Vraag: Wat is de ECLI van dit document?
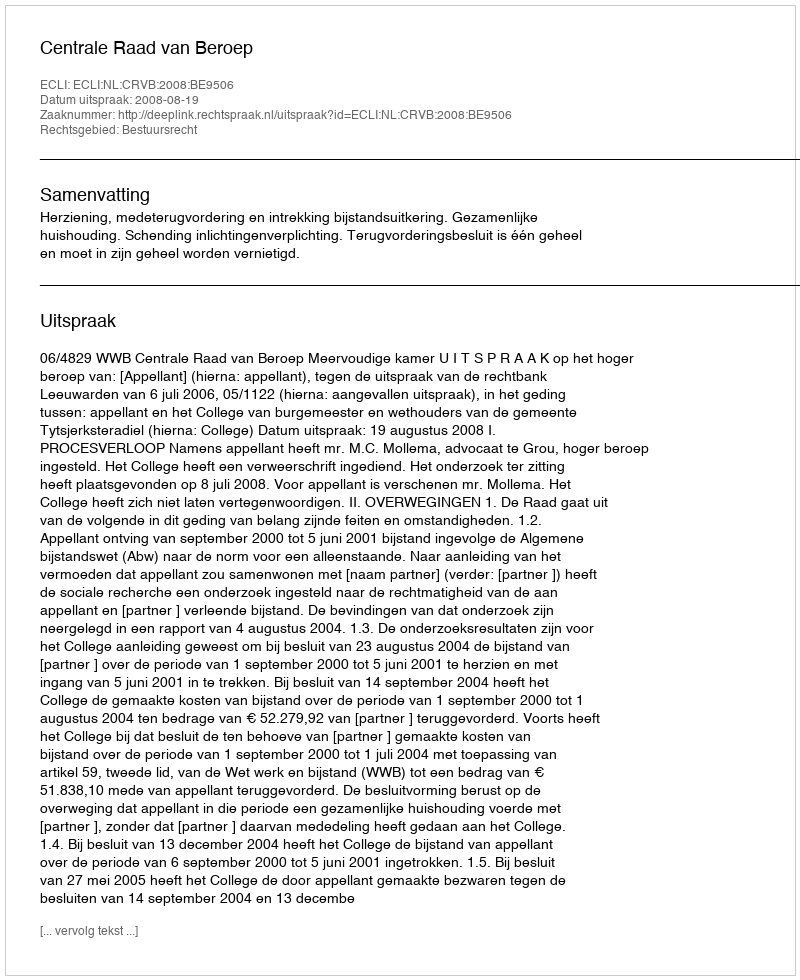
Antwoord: ECLI:NL:CRVB:2008:BE9506